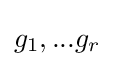
g_{1},...g_{r}